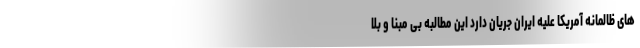
های ظالمانه آمریکا علیه ایران جریان دارد این مطالبه بی مبنا و بلا